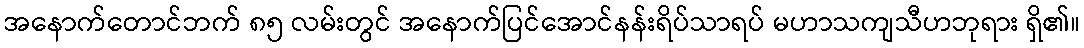
အနောက်တောင်ဘက် ၈၅ လမ်းတွင် အနောက်ပြင်အောင်နန်းရိပ်သာရပ် မဟာသကျသီဟဘုရား ရှိ၏။